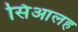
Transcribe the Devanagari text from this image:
सिआलह